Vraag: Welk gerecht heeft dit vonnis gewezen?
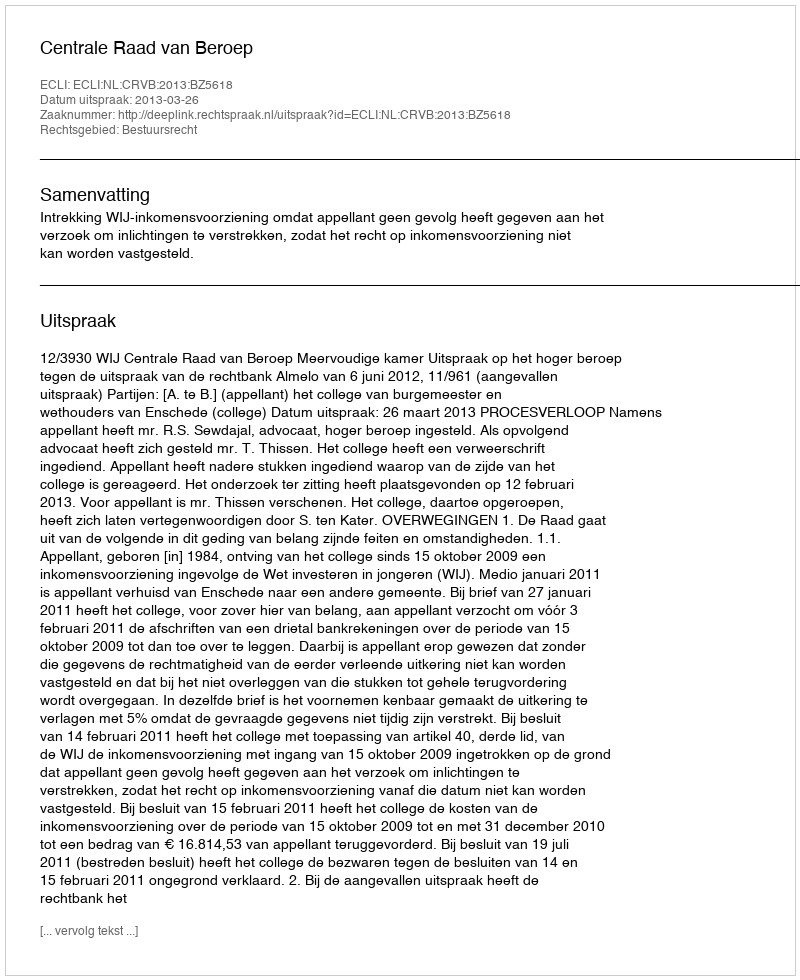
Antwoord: Centrale Raad van Beroep